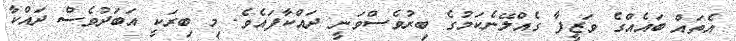
އެތައް ބައެއްގެ ވަޒީފާ ގެއްލޭނެކަމުގެ ބިރުވެސްވަނީ ދައްކާފައެވެ. މި ބިރަކީ އަބަދުވެސް ދައްކާ